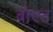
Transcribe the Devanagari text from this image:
बोएट